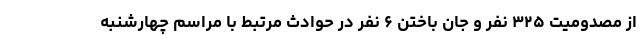
از مصدومیت ۳۲۵ نفر و جان باختن ۶ نفر در حوادث مرتبط با مراسم چهارشنبه